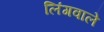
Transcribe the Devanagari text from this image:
लिंगवाले